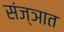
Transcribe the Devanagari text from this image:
संज्ञात